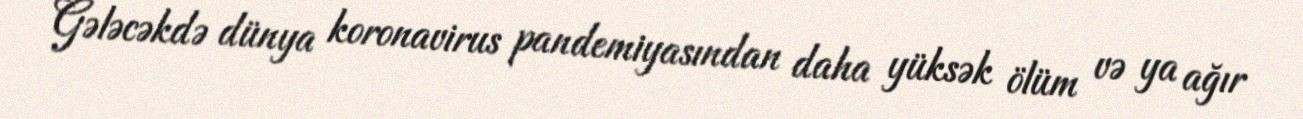
Gələcəkdə dünya koronavirus pandemiyasından daha yüksək ölüm və ya ağır